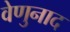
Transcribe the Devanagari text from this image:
वेणुनाद